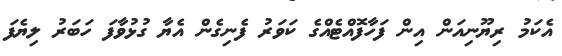
އެކަމު ރިޔޫނިއަން އިން ފަހާފޮއްޓެއްގެ ކަވަރު ފެނިގެން އެޔާ ގުޅުވާފަ ހަބަރު ލިޔެފަ